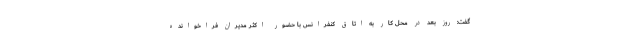
گفت: روز بعد در محل کار به اتاق کنفرانس با حضور اکثر مدیران فراخوانده